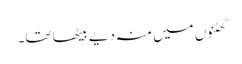
گھٹنوں میں منہ دیے بیٹھا تھا۔